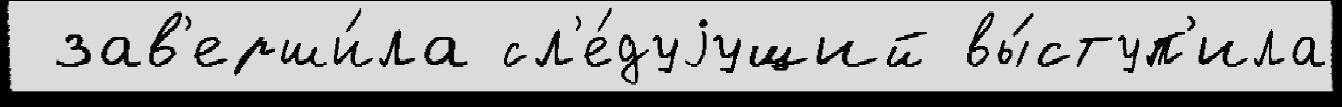
 зав'ерши́ла сл'е́дуjущий вы́ступ'ила